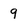
Character: 9